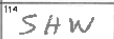
Transcription: SHW